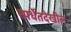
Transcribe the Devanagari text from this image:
स्पर्धेतदेखील